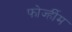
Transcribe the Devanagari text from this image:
फोर्ज्हीम